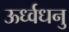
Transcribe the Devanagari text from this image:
ऊर्ध्वधनु